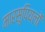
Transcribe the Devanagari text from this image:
मारसूपियलों